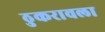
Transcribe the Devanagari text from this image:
ठुकरावला